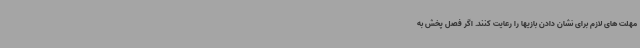
مهلت های لازم برای نشان دادن بازیها را رعایت کنند. اگر فصل پخش به